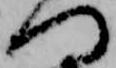
つ